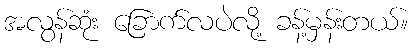
အလွန်ဆုံး ခြောက်လပဲလို့ ခန့်မှန်းတယ်။